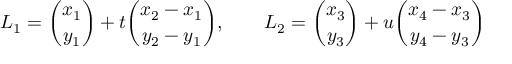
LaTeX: L _ { 1 } = { \binom { x _ { 1 } } { y _ { 1 } } } + t { \binom { x _ { 2 } - x _ { 1 } } { y _ { 2 } - y _ { 1 } } } , \qquad L _ { 2 } = { \binom { x _ { 3 } } { y _ { 3 } } } + u { \binom { x _ { 4 } - x _ { 3 } } { y _ { 4 } - y _ { 3 } } }